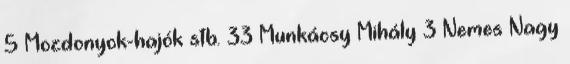
5 Mozdonyok-hajók stb. 33 Munkácsy Mihály 3 Nemes Nagy